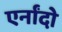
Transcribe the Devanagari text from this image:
एर्नांदो